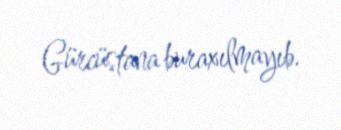
Gürcüstana buraxılmayıb.